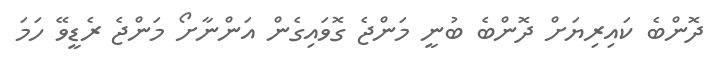
ދޮންބެ ކައިރިޔަށް ދޮންބެ ބުނީ މަންޖެ ގޮވައިގެން އަންނާށޯ މަންޖެ ރެޑީވޭ ހަމަ